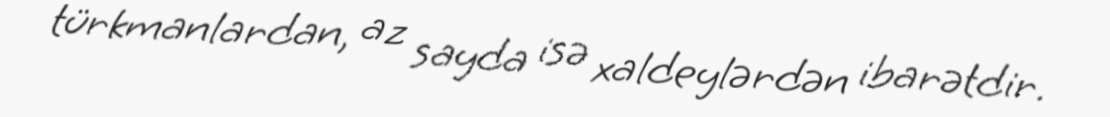
türkmanlardan, az sayda isə xaldeylərdən ibarətdir.